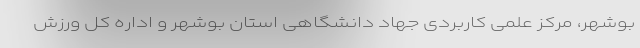
بوشهر، مرکز علمی کاربردی جهاد دانشگاهی استان بوشهر و اداره کل ورزش